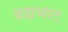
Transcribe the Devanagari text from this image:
ब्रह्मभाट